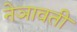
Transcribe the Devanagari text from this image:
नेञावती